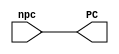
// Course: CSE 401- Computer Architecture
// Term: Winter 2020
// Name: Erika Gutierrez
// ID: 005318270

module pc_mod (
   output reg [31:0] PC,      // Output of pc_mod
   input wire [31:0] npc      // Input of pc_mod
   );

   initial begin
      PC <= 0;
   end
   always @ ( npc) begin
      #1 PC <= npc;
   end

endmodule // pc_mod